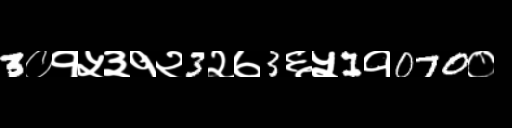
Text: 3०१५३१२3२७3६५1१070०